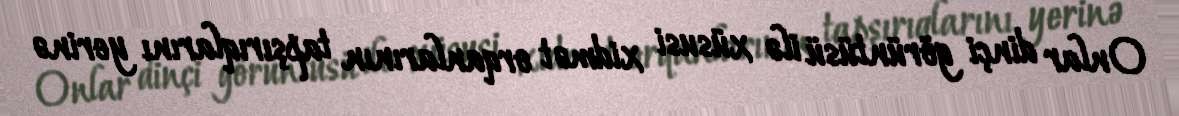
Onlar dinçi görüntüsü ilə xüsusi xidmət orqanlarının tapşırıqlarını yerinə